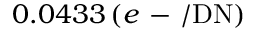
0 . 0 4 3 3 \, ( e \mathrm { ~ - ~ } / \mathrm { D N } )